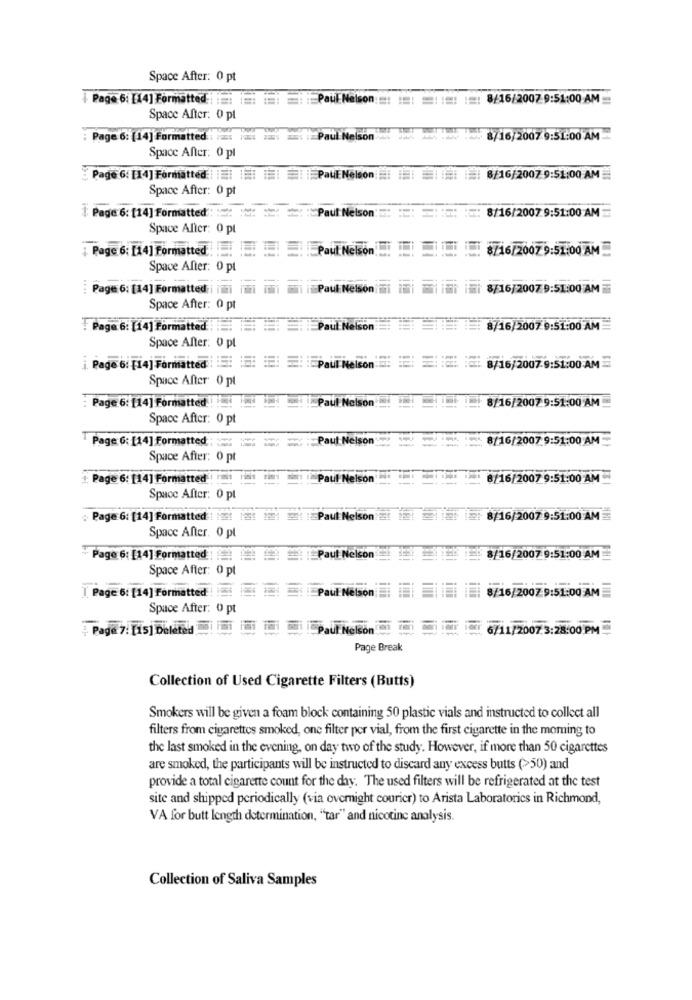
Space After: 0 pt
| Page 6: [14] Formatted = = = = PaulNelson :=: :: ::: :=: 8/16/2007.9:51:00 AM
Space After: 0 pt
Page 6: [14] Formatted : :: : : : : Paul Nelson
.. / 8/16/2007 9:51:00 AM
Space After: 0 pl
Page 6: [14] Formatted | || ||| ||| | | Paul Nelson : || | | | | 8/16/2007 9:51:00 AM
Space After: 0 pt
Paul Nelson
=: 8/16/2007 9:51:00 AM
[ Page 6: [14] Formatted
Space After: 0 pt
¡ Page 6; [14] Formatted . Paul Nelson
1 8/16/2007 9:51:00 AM
Space After: 0 pt
....
Page 6: [14] Formatted i hihi iiiii
i:Paul Nelson mi
8/16/2007 9:51:00 AM
Space After: 0 pt
Page 6: [14] Formatted : Paul Nelson
8/16/2007 9:51:00 AM
Space After: 0 pl
Page 6: [14] Formatted : : : Paul nelson : 8/16/2007 9:51:00 AM
Space After 0 pt
Page 6: [14] Formatted
Paul Nelson
8/16/2007 9:51:00 AM
Space After: 0 pt
Paul Nelson
--
8/16/2007 9:51:00 AM
Page 6: [14] Formatted ====
Space After: 0 pt
Page 6: [14] Formatted
Fim in Paul Nelson
8/16/2007 9:51:00 AM
Space After: 0 pt
: Page 6: [14] Formatted ! : : 2 : Paul Nelson
LE E: 8/16/2007 9:51:00 AM
Space After. 0 pt
Page 6: [14] Formatted . Paul Nelson
8/16/2007 9:51:00 AM
Space After: 0 pt
8/16/2007 9:51:00 AM
[ Page 6: [14] Formatted ! !!
Paul Nelson;
Space After: 0 pt
¿ Paga 7: [15] Deleted i Fi
Paul Nelson
6/11/2007.3:28:00 PM
Page Break
Collection of Used Cigarette Filters (Butts)
Smokers will be given a foam block containing 50 plastic vials and instructed to collect all
filters from cigarettes smoked, one filter per vial, from the first cigarette in the morning to
the last smoked in the evening, on day two of the study. However, if more than 50 cigarettes
are smoked, the participants will be instructed to discard any excess butts (>50) and
provide a total cigarette count for the day. The used filters will be refrigerated at the test
site and shipped periodically (via overnight courier) to Arista Laboratories in Richmond,
VA for butt length determination, "tar" and nicotine analysis.
Collection of Saliva Samples